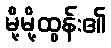
မို့မို့ထွန်း၏